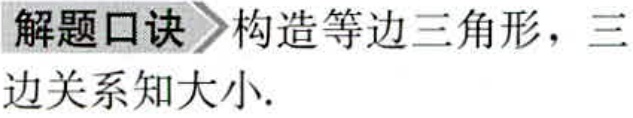
解题口诀 构造等边三角形，三边关系知大小.